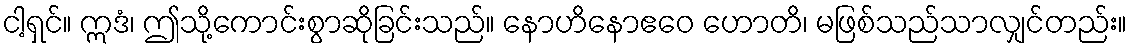
ငါ့ရှင်။ ဣဒံ၊ ဤသို့ကောင်းစွာဆိုခြင်းသည်။ နောဟိနောဧဝေ ဟောတိ၊ မဖြစ်သည်သာလျှင်တည်း။